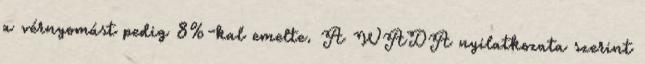
a vérnyomást pedig 8%-kal emelte. A WADA nyilatkozata szerint